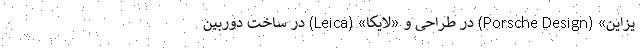
یزاین» (Porsche Design) در طراحی و «لایکا» (Leica) در ساخت دوربین